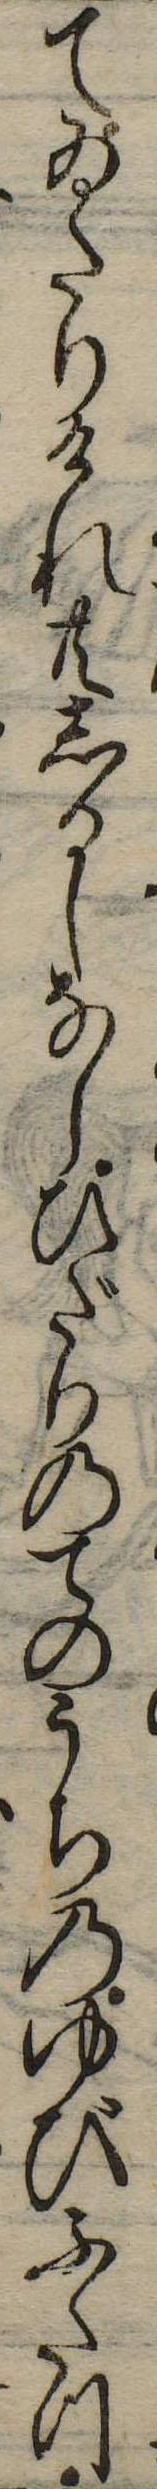
てゐたりけれ共しるしなしひだりのてのうちのゆびふたつ